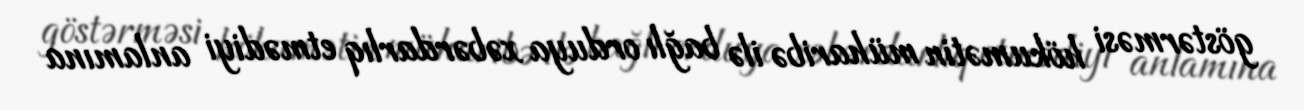
göstərməsi hökumətin müharibə ilə bağlı orduya xəbərdarlıq etmədiyi anlamına